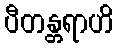
ပီတန္တရာဟိ